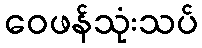
ဝေဖန်သုံးသပ်